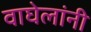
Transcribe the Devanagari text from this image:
वाघेलांनी